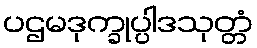
ပဌမဒုက္ခုပ္ပါဒသုတ္တံ